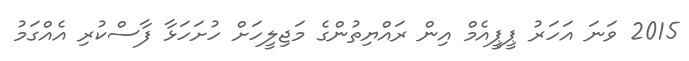
2015 ވަނަ އަހަރު ޕީޕީއެމް އިން ރައްޔިތުންގެ މަޖިލީހަށް ހުށަހަޅާ ފާސްކުރި އެއްގަމު